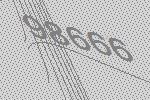
98666